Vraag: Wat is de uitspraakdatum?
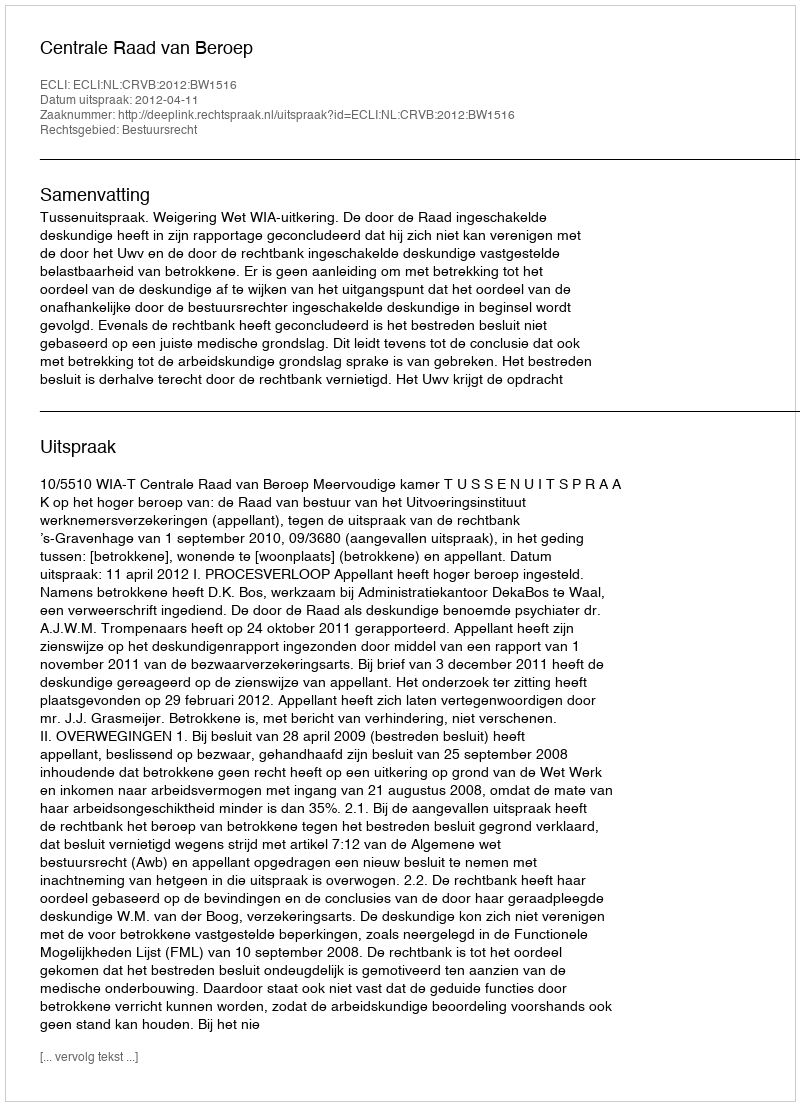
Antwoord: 2012-04-11